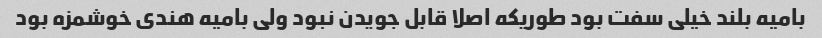
بامیه بلند خیلی سفت بود طوریکه اصلا قابل جویدن نبود ولی بامیه هندی خوشمزه بود